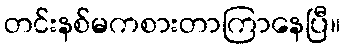
တင်းနစ်မကစားတာကြာနေပြီ။